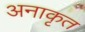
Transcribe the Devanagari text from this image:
अनाकृत